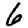
Digit: 6